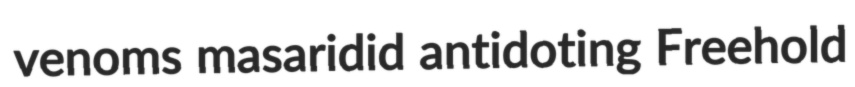
venoms masaridid antidoting Freehold